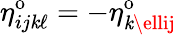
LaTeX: \eta_{ij\mathit{k}\ell}^{\mathrm{{o}}}=-\eta_{\mathit{k}\ellij}^{\mathrm{{o}}}